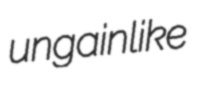
ungainlike